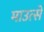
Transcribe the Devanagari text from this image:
माउत्से